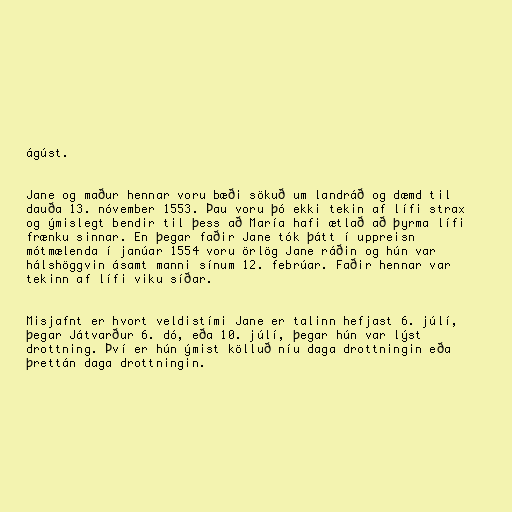
ágúst.

Jane og maður hennar voru bæði sökuð um landráð og dæmd til
dauða 13. nóvember 1553. Þau voru þó ekki tekin af lífi strax
og ýmislegt bendir til þess að María hafi ætlað að þyrma lífi
frænku sinnar. En þegar faðir Jane tók þátt í uppreisn
mótmælenda í janúar 1554 voru örlög Jane ráðin og hún var
hálshöggvin ásamt manni sínum 12. febrúar. Faðir hennar var
tekinn af lífi viku síðar.

Misjafnt er hvort veldistími Jane er talinn hefjast 6. júlí,
þegar Játvarður 6. dó, eða 10. júlí, þegar hún var lýst
drottning. Því er hún ýmist kölluð níu daga drottningin eða
þrettán daga drottningin.